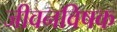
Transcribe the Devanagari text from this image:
जीवनविषक